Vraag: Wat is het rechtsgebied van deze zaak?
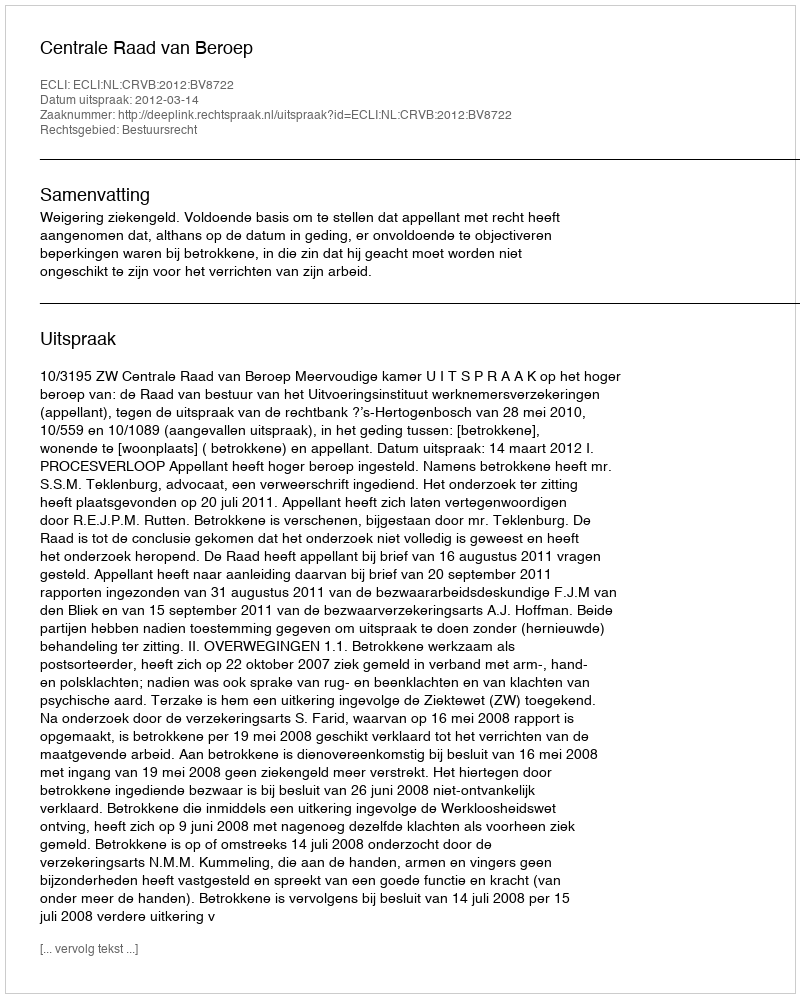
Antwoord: Bestuursrecht